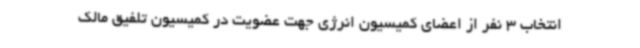
انتخاب 3 نفر از اعضای کمیسیون انرژی جهت عضویت در کمیسیون تلفیق مالک